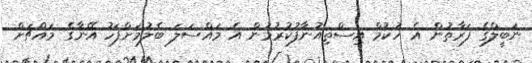
ނަބީލްގެ ފަރާތުން އެ ހުކުމް އިސްތިއުނާފުކުރުމުން އެ މައްސަލަ ބެލުމަށްފަހު އޭނާގެ މައްޗަށް